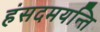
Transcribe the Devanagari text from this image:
हंसदमयन्ति